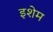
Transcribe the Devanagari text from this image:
इशेम